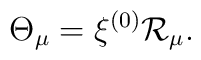
\Theta_\mu=\xi^{(0)}{\cal R}_\mu.